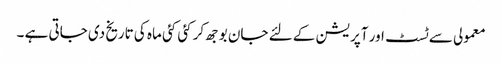
معمولی سے ٹسٹ اور آپریشن کے لئے جان بوجھ کر کئی کئی ماہ کی تاریخ دی جاتی ہے ۔